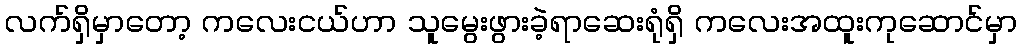
လက်ရှိမှာတော့ ကလေးငယ်ဟာ သူမွေးဖွားခဲ့ရာဆေးရုံရှိ ကလေးအထူးကုဆောင်မှာ